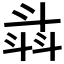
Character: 𣁾